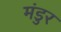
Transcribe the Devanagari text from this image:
मंडुर